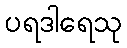
ပရဒါရေသု